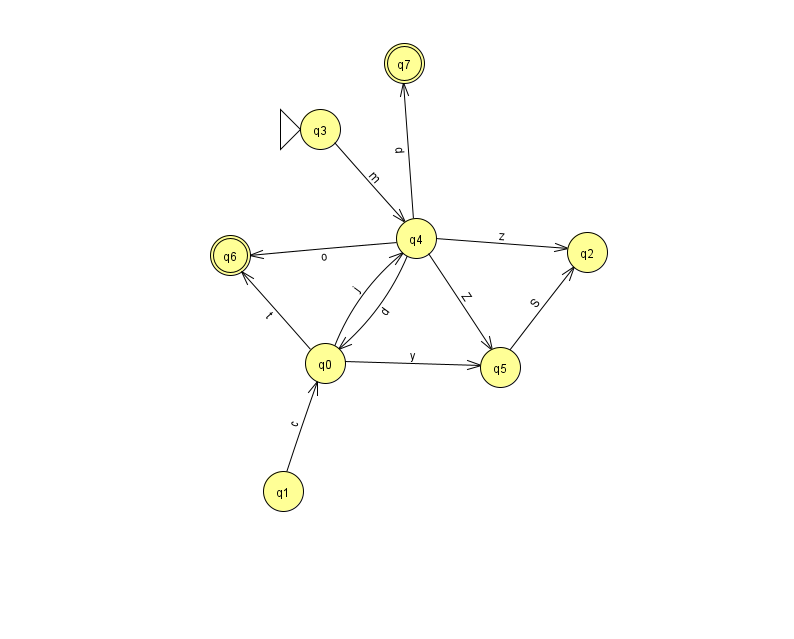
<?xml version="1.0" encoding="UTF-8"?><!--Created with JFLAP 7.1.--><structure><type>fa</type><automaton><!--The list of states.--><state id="0" name="q0"><x>325.0</x><y>350.0</y></state><state id="1" name="q1"><x>283.0</x><y>478.0</y></state><state id="2" name="q2"><x>587.0</x><y>239.0</y></state><state id="3" name="q3"><x>320.0</x><y>116.0</y><initial/></state><state id="4" name="q4"><x>416.0</x><y>225.0</y></state><state id="5" name="q5"><x>500.0</x><y>354.0</y></state><state id="6" name="q6"><x>230.0</x><y>242.0</y><final/></state><state id="7" name="q7"><x>404.0</x><y>50.0</y><final/></state><!--The list of transitions.--><transition><from>4</from><to>6</to><read>o</read></transition><transition><from>1</from><to>0</to><read>c</read></transition><transition><from>0</from><to>5</to><read>y</read></transition><transition><from>0</from><to>6</to><read>t</read></transition><transition><from>5</from><to>2</to><read>S</read></transition><transition><from>0</from><to>4</to><read>j</read></transition><transition><from>4</from><to>2</to><read>z</read></transition><transition><from>3</from><to>4</to><read>m</read></transition><transition><from>4</from><to>0</to><read>d</read></transition><transition><from>4</from><to>7</to><read>d</read></transition><transition><from>4</from><to>5</to><read>Z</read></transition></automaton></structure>